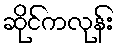
ဆိုင်ကလုန်း